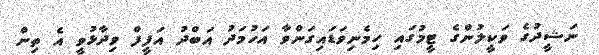
ނަޝީދުގެ ވަކީލުންގެ ޓީމުގައި ހިމެނިވަޑައިގަންވާ އަހުމަދު އަބްދު އަފީފް ވިދާޅުވީ އެ ތިން